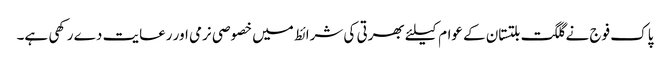
پاک فوج نے گلگت بلتستان کے عوام کیلئے بھرتی کی شرائط میں خصوصی نرمی اور رعایت دے رکھی ہے۔